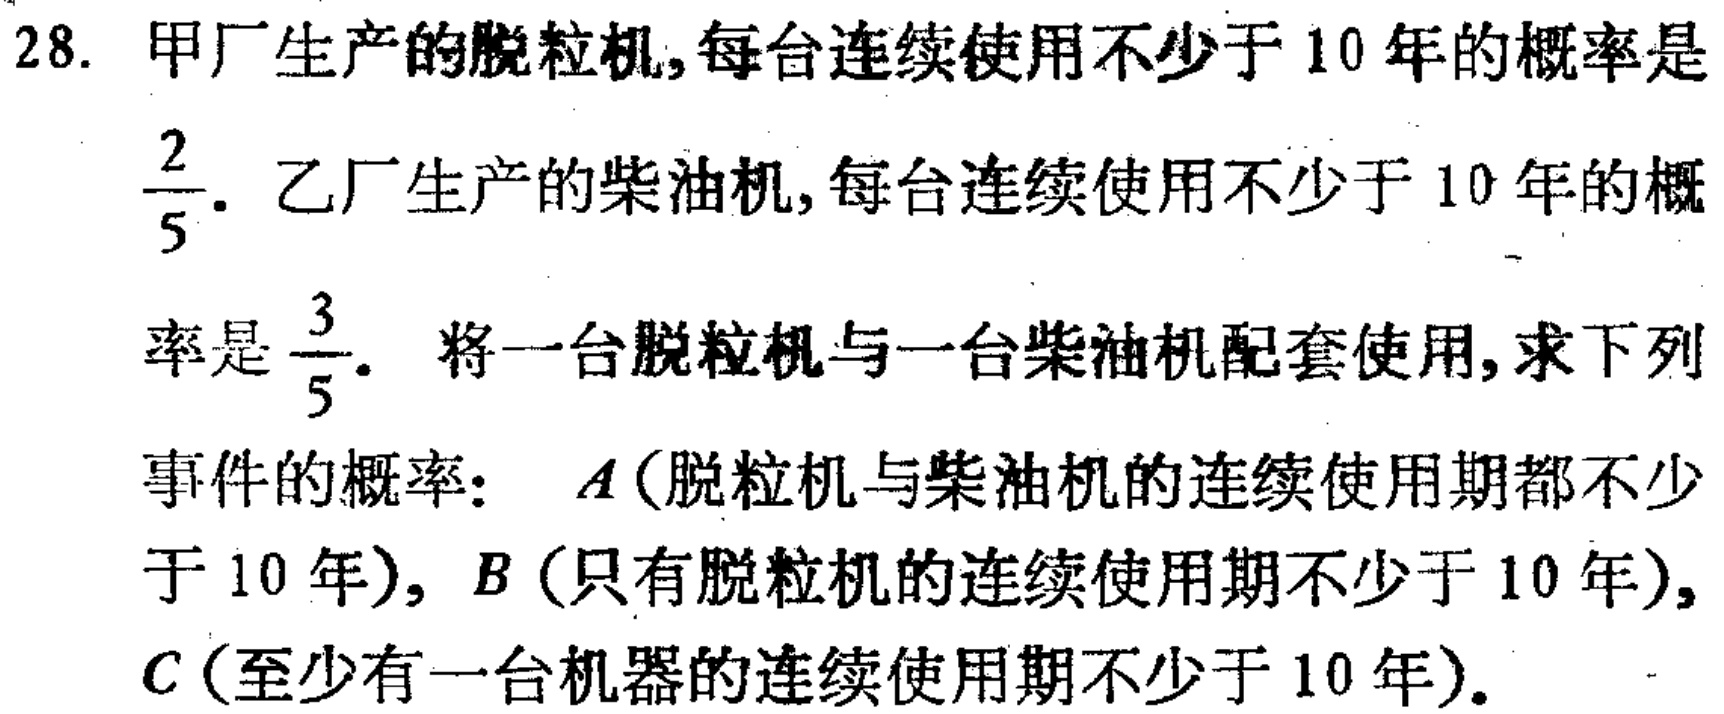
28. 甲厂生产的脱粒机,每台连续使用不少于 10 年的概率是$\frac{2}{5}$. 乙厂生产的柴油机,每台连续使用不少于 10 年的概
率是$\frac{3}{5}$. 将一台脱粒机与一台柴油机配套使用,求下列
事件的概率：$A$(脱粒机与柴油机的连续使用期都不少
于 10 年),$B$(只有脱粒机的连续使用期不少于 10 年),
$C$(至少有一台机器的连续使用期不少于 10 年).